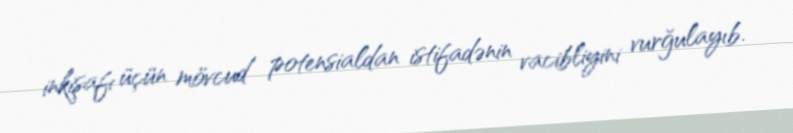
inkişafı üçün mövcud potensialdan istifadənin vacibliyini vurğulayıb.